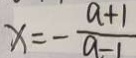
x = - \frac { a + 1 } { a - 1 }